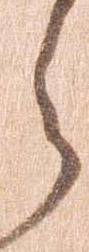
ら